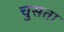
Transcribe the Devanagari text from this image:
चुसता